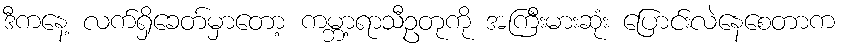
ဒီကနေ့ လက်ရှိခေတ်မှာတော့ ကမ္ဘာ့ရာသီဥတုကို အကြီးမားဆုံး ပြောင်းလဲနေစေတာက